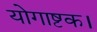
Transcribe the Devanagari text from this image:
योगाष्टक।